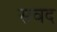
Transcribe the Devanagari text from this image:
सवद